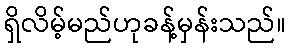
ရှိလိမ့်မည်ဟုခန့်မှန်းသည်။